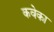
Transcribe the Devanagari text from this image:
कवेका